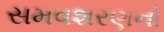
સમવશરણનો